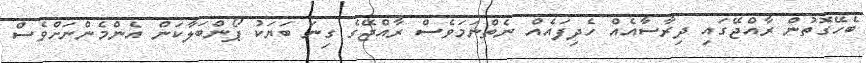
ބެހޭގޮތުން ރާއްޖޭގައި ދިރާސާއެއް ހެދިފައެއް ނެތްނަމަވެސް ރާއްޖޭގެ ގިނަ ބަޔަކު ޕޯންބަލާކަން އެންމެންނަށްވެސް